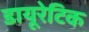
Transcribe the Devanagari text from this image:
डायूरेटिक